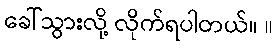
ခေါ်သွားလို့ လိုက်ရပါတယ်။ ။